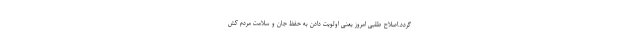
گردد.اصلاح طلبی امروز یعنی اولویت دادن به حفظ جان و سلامت مردم کش